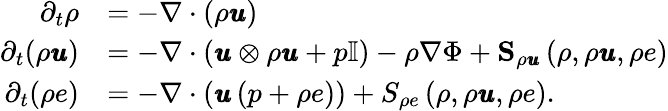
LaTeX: \begin{array}{rl}{\partial_{t}\rho}&{=-\nabla\cdot\left(\rho\pmb{u}\right)}\\ {\partial_{t}(\rho\pmb{u})}&{=-\nabla\cdot\left(\pmb{u}\otimes\rho\pmb{u}+p\mathbb{I}\right)-\rho\nabla\Phi+\mathbf{S}_{\rho\pmb{u}}\left(\rho,\rho\pmb{u},\rho e\right)}\\ {\partial_{t}(\rho e)}&{=-\nabla\cdot\left(\pmb{u}\left(p+\rho e\right)\right)+S_{\rho e}\left(\rho,\rho\pmb{u},\rho e\right).}\end{array}